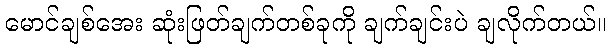
မောင်ချစ်အေး ဆုံးဖြတ်ချက်တစ်ခုကို ချက်ချင်းပဲ ချလိုက်တယ်။